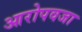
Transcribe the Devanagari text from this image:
आरोपवजा